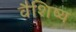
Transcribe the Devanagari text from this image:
वैशिष्य